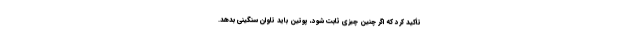
تأکید کرد که اگر چنین چیزی ثابت شود، پوتین باید تاوان سنگینی بدهد.